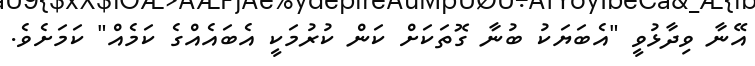
އޭނާ ވިދާޅުވީ "އެބަޔަކު ބުނާ ގޮތަކަށް ކަން ކުރުމަކީ އެބައެއްގެ ކަމެއް" ކަމަށެވެ.